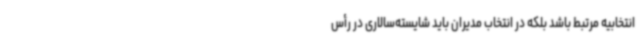
انتخابیه مرتبط باشد بلکه در انتخاب مدیران باید شایسته‌سالاری در رأس